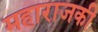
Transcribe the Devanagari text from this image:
महाराजकी